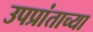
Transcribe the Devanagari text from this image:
उपप्रांताच्या